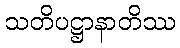
သတိပဋ္ဌာနာတိဿ